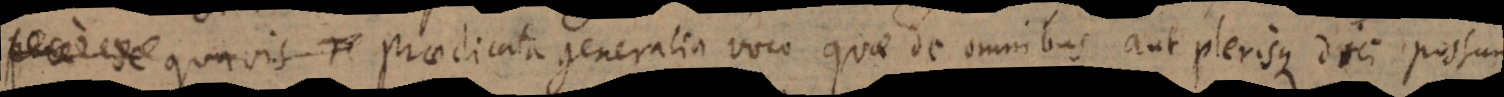
quavis T Praedicata generalia voco quae de omnibus aut plerisque dici possunt.